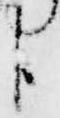
臣